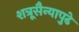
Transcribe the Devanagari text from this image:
शत्रूसैन्यापुढे